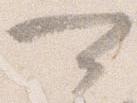
可